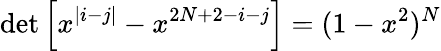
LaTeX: \operatorname*{det}\left[x^{|i-j|}-x^{2N+2-i-j}\right]=(1-x^{2})^{N}